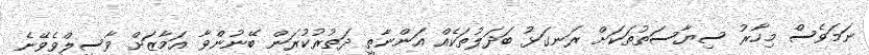
ނަމަވެސް މިހާރު ސިޔާސަތުތަކަށް ރަނގަޅު ބަދަލުތަކެއް އަންނާތީ ދަތުރުކުރަން ބޭނުންވާ އަމާޒަށް ވާސިލްވެވޭނެ